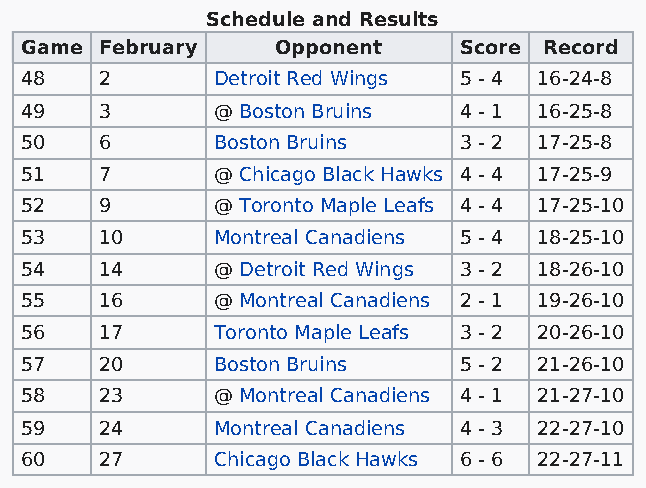
Schedule and Results
 Game  February   Opponent    Score Record
 48    2      Detroit Red Wings 5 - 4 16-24-8
 49    3      @ Boston Bruins 4 - 1 16-25-8
 50    6      Boston Bruins   3 - 2 17-25-8
 51    7      @ Chicago Black Hawks 4 - 4 17-25-9
 52    9      @ Toronto Maple Leafs 4 - 4 17-25-10
 53    10     Montreal Canadiens 5 - 4 18-25-10
 54    14     @ Detroit Red Wings 3 - 2 18-26-10
 55    16     @ Montreal Canadiens 2 - 1 19-26-10
 56    17     Toronto Maple Leafs 3 - 2 20-26-10
 57    20     Boston Bruins   5 - 2 21-26-10
 58    23     @ Montreal Canadiens 4 - 1 21-27-10
 59    24     Montreal Canadiens 4 - 3 22-27-10
 60    27     Chicago Black Hawks 6 - 6 22-27-11